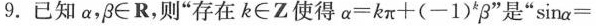
9.已知α，β∈R，则”存在k∈Z使得α=kπ+(-1)*β”是”sinα=